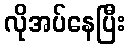
လိုအပ်နေပြီး